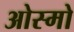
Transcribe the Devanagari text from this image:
ओस्मो